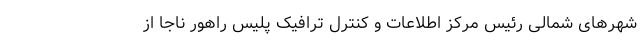
شهرهای شمالی رئیس مرکز اطلاعات و کنترل ترافیک پلیس راهور ناجا از